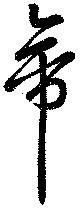
帝